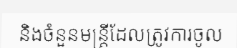
និងចំនួនមន្ត្រីដែលត្រូវការចូល